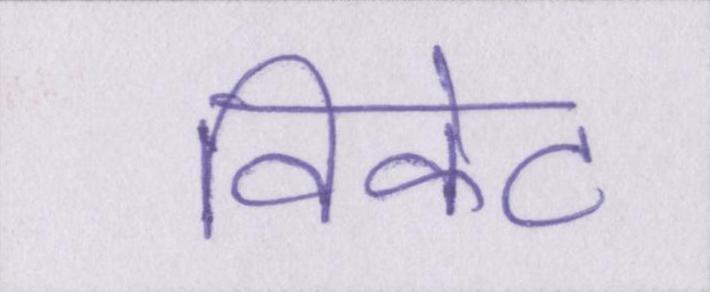
विकेट